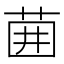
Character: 𫈁